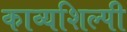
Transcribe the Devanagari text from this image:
काव्यशिल्पी